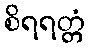
စိရရတ္တံ